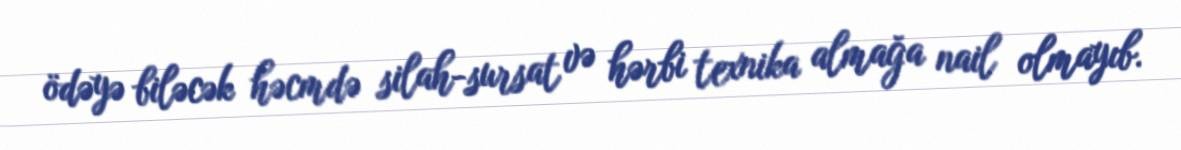
ödəyə biləcək həcmdə silah-sursat və hərbi texnika almağa nail olmayıb.